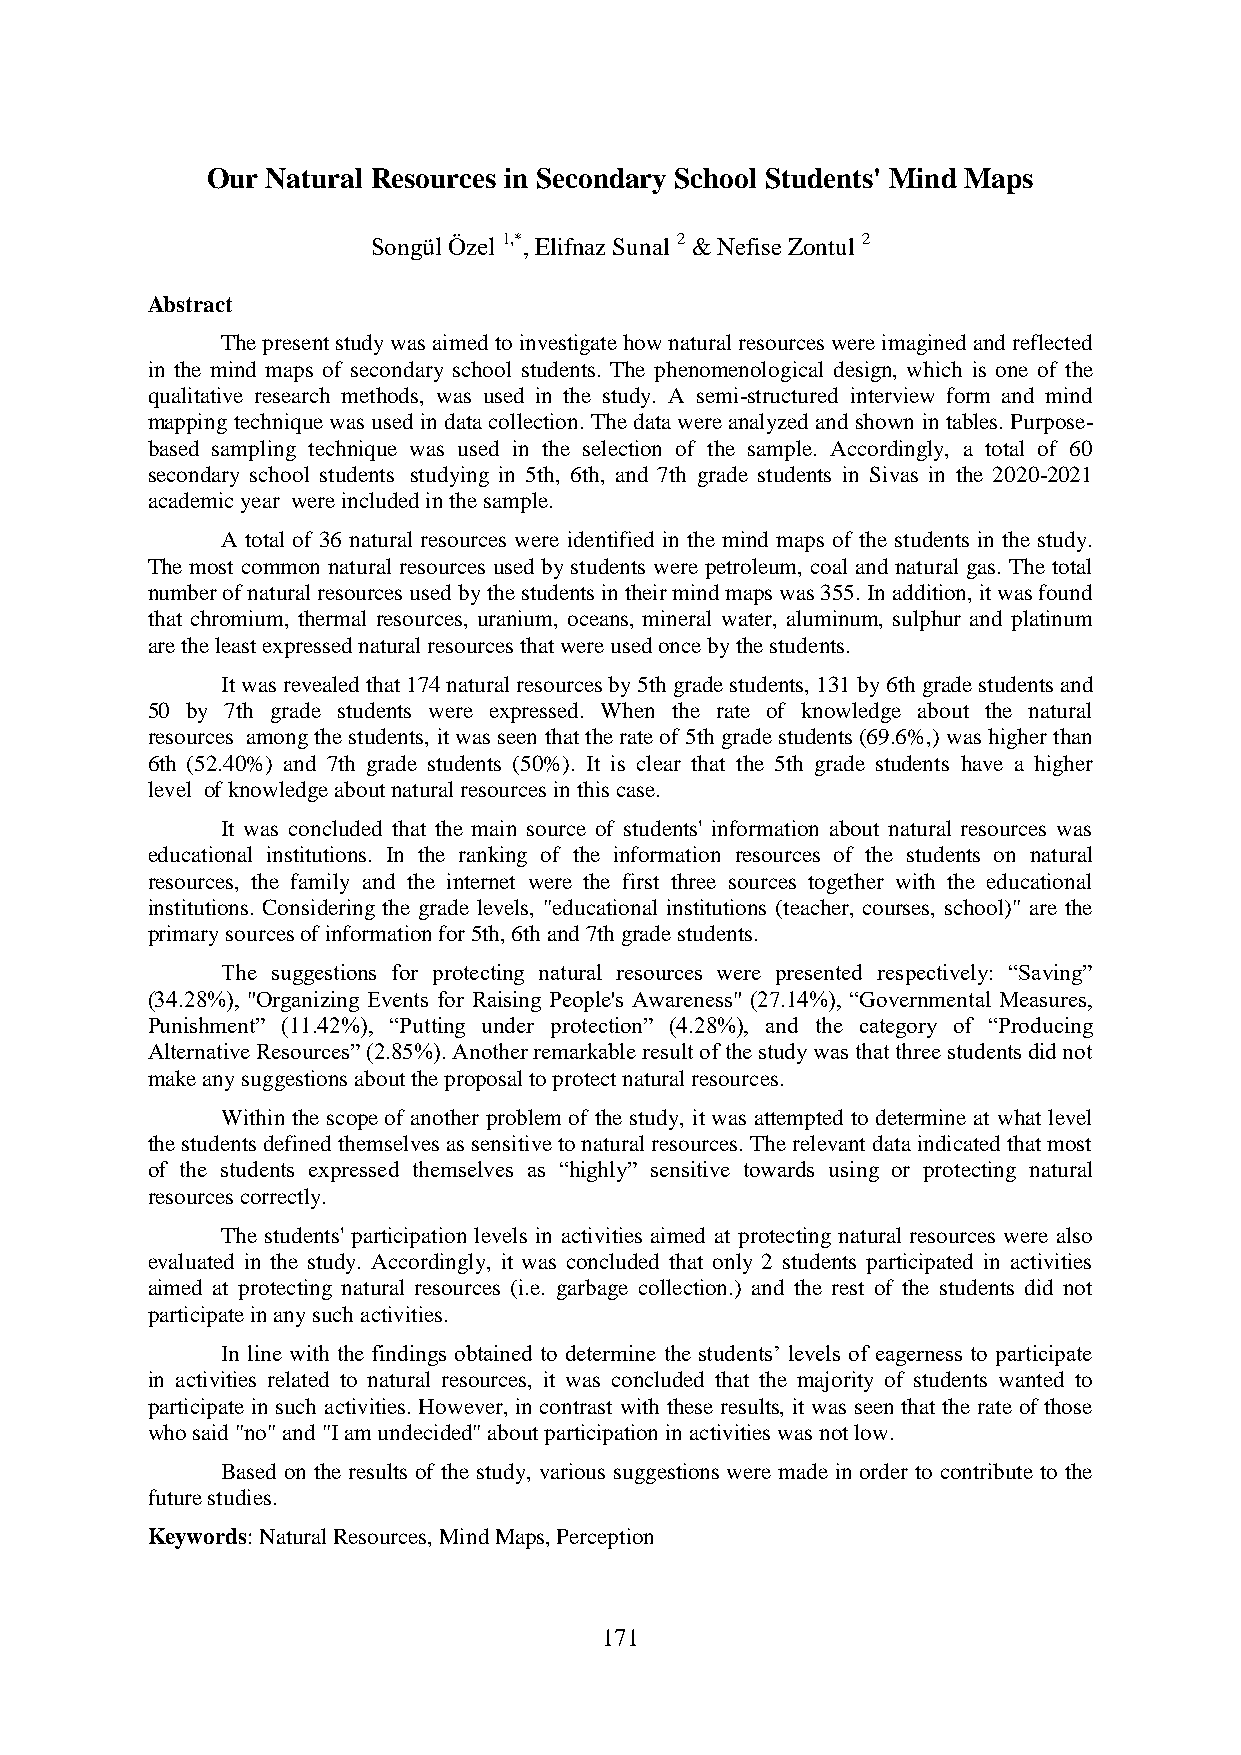
Our Natural Resources in Secondary School Students' Mind Maps
 Songül Özel 1,*, Elifnaz Sunal 2 & Nefise Zontul 2
 Abstract
 The present study was aimed to investigate how natural resources were imagined and reflected
 in the mind maps of secondary school students. The phenomenological design, which is one of the
 qualitative research methods, was used in the study. A semi-structured interview form and mind
 mapping technique was used in data collection. The data were analyzed and shown in tables. Purpose-
 based sampling technique was used in the selection of the sample. Accordingly, a total of 60
 secondary school students studying in 5th, 6th, and 7th grade students in Sivas in the 2020-2021
 academic year were included in the sample.
 A total of 36 natural resources were identified in the mind maps of the students in the study.
 The most common natural resources used by students were petroleum, coal and natural gas. The total
 number of natural resources used by the students in their mind maps was 355. In addition, it was found
 that chromium, thermal resources, uranium, oceans, mineral water, aluminum, sulphur and platinum
 are the least expressed natural resources that were used once by the students.
 It was revealed that 174 natural resources by 5th grade students, 131 by 6th grade students and
 50 by 7th grade students were expressed. When the rate of knowledge about the natural
 resources among the students, it was seen that the rate of 5th grade students (69.6%,) was higher than
 6th (52.40%) and 7th grade students (50%). It is clear that the 5th grade students have a higher
 level of knowledge about natural resources in this case.
 It was concluded that the main source of students' information about natural resources was
 educational institutions. In the ranking of the information resources of the students on natural
 resources, the family and the internet were the first three sources together with the educational
 institutions. Considering the grade levels, "educational institutions (teacher, courses, school)" are the
 primary sources of information for 5th, 6th and 7th grade students.
 The suggestions for protecting natural resources were presented respectively: “Saving”
 (34.28%), "Organizing Events for Raising People's Awareness" (27.14%), “Governmental Measures,
 Punishment” (11.42%), “Putting under protection” (4.28%), and the category of “Producing
 Alternative Resources” (2.85%). Another remarkable result of the study was that three students did not
 make any suggestions about the proposal to protect natural resources.
 Within the scope of another problem of the study, it was attempted to determine at what level
 the students defined themselves as sensitive to natural resources. The relevant data indicated that most
 of the students expressed themselves as “highly” sensitive towards using or protecting natural
 resources correctly.
 The students' participation levels in activities aimed at protecting natural resources were also
 evaluated in the study. Accordingly, it was concluded that only 2 students participated in activities
 aimed at protecting natural resources (i.e. garbage collection.) and the rest of the students did not
 participate in any such activities.
 In line with the findings obtained to determine the students’ levels of eagerness to participate
 in activities related to natural resources, it was concluded that the majority of students wanted to
 participate in such activities. However, in contrast with these results, it was seen that the rate of those
 who said "no" and "I am undecided" about participation in activities was not low.
 Based on the results of the study, various suggestions were made in order to contribute to the
 future studies.
 Keywords: Natural Resources, Mind Maps, Perception
 171